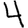
Digit: 4